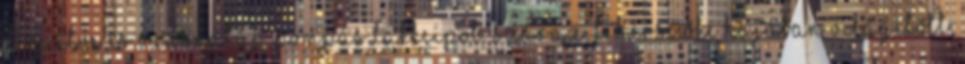
díszítve és vadonatúj, pompás lakkcipőt. Száraz, fehérszőke hajában világított,